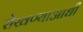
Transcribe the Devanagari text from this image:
रोखण्याआधी